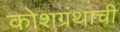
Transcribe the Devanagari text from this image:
कोशग्रंथाची